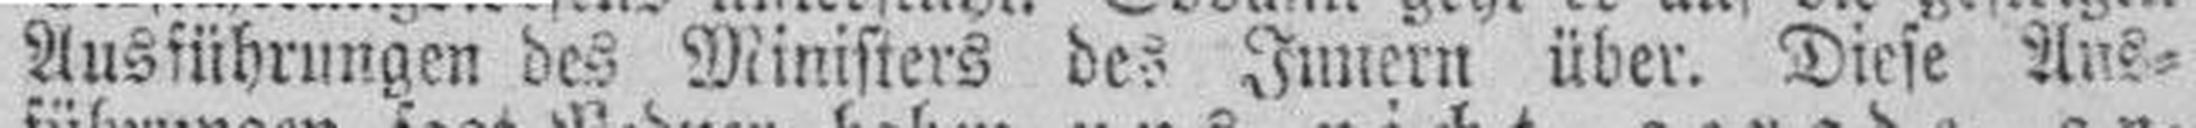
Ausführungen des Ministers des Innern über. Diese Aus¬